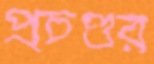
প্রচণ্ডর